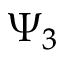
\Psi _ { 3 }